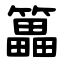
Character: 䉪